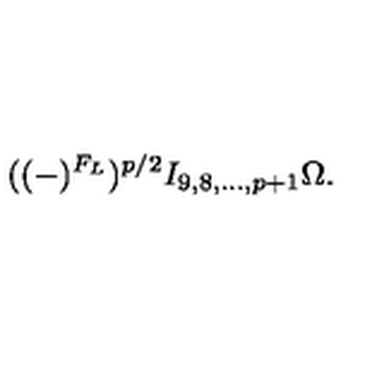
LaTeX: ( ( - ) ^ { F _ { L } } ) ^ { p / 2 } I _ { 9 , 8 , \ldots , p + 1 } \Omega .